Lunatic asylums United Provinces 1899-1908 - 1899-1908
Year: 1899
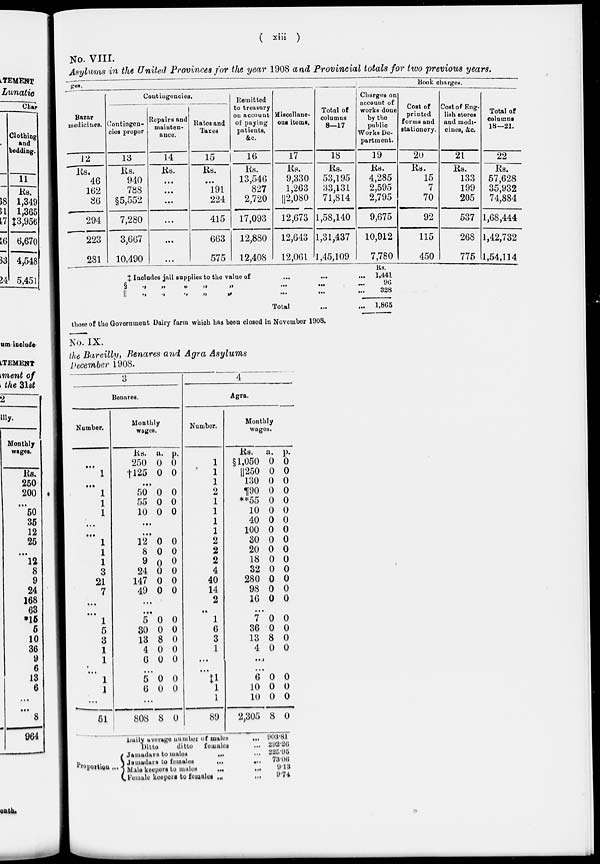
( xii )
No. VIII.
Asylums in the United Provinces for the year 1908 and Provincial totals for two previous years.
ges.
Bazar
medicines.
12
Rs.
46
162
86
294
223
281
Contingencies.
Contingen-
cies proper
13
Rs.
940
788
§5,552
7,280
3,667
10,490
Repairs and
mainten-
ance.
14
Rs.
…
…
...
...
…
…
Rates and
Taxes
15
Rs.
…
191
224
415
663
575
Remitted
to treasury
on account
of paying
patients,
&c.
16
Rs.
13,546
827
2,720
17,093
12,880
12,408
Miscellane-
ous items.
17
Rs.
9,330
1,263
||2,080
12,673
12,643
12,061
Total of
columns
8—17
18
Rs.
53,195
33,131
71,814
1,58,140
1,31,437
1,45,109
Charges on
account of
works done
by the
public
Works De-
partment.
19
Rs.
4,285
2,595
2,795
9,675
10,912
7,780
Book charges.
Cost of
printed
forms and
stationery.
20
Rs.
15
7
70
92
115
450
Cost of Eng-
lish stores
and medi-
cines, &c.
21
Rs.
133
199
205
537
268
775
Total of
columns
18—21.
22
Rs.
57,628
35,932
74,884
1,68,444
1,42,732
1,54,114
‡ Includes jail supplies to the value of
...
...
...
§ „ „ „ „ „ ... ... ...
|| „ „ „ „ „ ... ... ...
Total
...
...
Rs.
1,441
96
328
1,865
those of the Government Dairy farm which has been closed in November 1908.
No. IX.
the Bareilly, Benares and Agra Asylums
December 1908.
3
Benares.
Number.
…
1
...
1
1
1
...
…
1
1
1
3
21
7
...
...
1
5
3
1
1
...
1
1
...
51
Monthly
wages.
Rs.
250
†l25
a.
0
0
p.
0
0
…
50
55
10
0
0
0
0
0
0
…
…
12
8
9
24
147
49
0
0
0
0
0
0
0
0
0
0
0
0
...
...
5
30
13
4
6
0
0
8
0
0
0
0
0
0
0
...
5
6
0
0
0
0
…
808 8 0
4
Agra.
Number.
1
1
1
2
1
1
1
1
2
2
2
4
40
14
2
…
1
6
3
1
...
…
‡1
1
1
89
Monthly
wages.
Rs.
§1,050
|| 250
130
¶90
**55
10
40
100
30
20
18
32
280
98
16
a.
0
0
0
0
0
0
0
0
0
0
0
0
0
0
0
p.
0
0
0
0
0
0
0
0
0
0
0
0
0
0
0
...
7
36
13
4
0
0
8
0
0
0
0
0
...
...
6
10
10
2,305
0
0
0
8
0
0
0
0
Daily average number of males
...
Ditto
ditto females ...
Proportion ...
Jamadars to males
...
Jamadars
to females
...
...
Male keepers to males
...
...
Female keepers to females ... ...
903.81
292.26
225.95
73.06
9.13
9.74